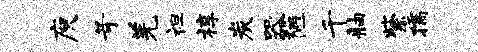
庾苛羌袒椁炭器陋千舳紫孺